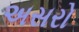
અસરો